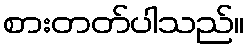
စားတတ်ပါသည်။